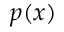
p ( x )